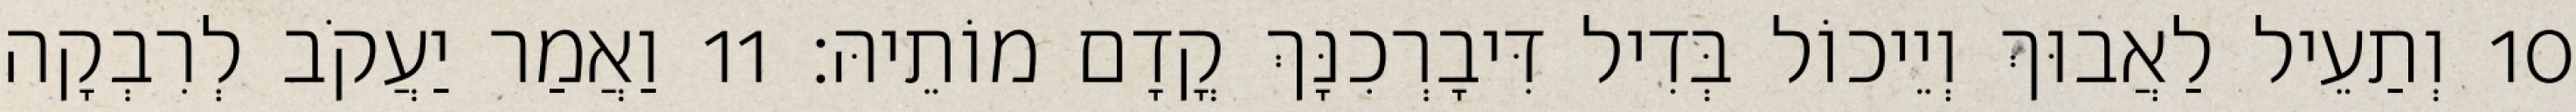
10 וְתַעֵיל לַאֲבוּךְ וְיֵיכוֹל בְּדִיל דִּיבָרְכִנָּךְ קֳדָם מוֹתֵיהּ׃ 11 וַאֲמַר יַעֲקֹב לְרִבְקָה